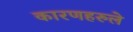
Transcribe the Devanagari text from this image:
कारणहरुले